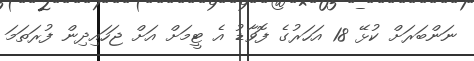
ނަންބަރަށް ކުޅޭ 18 އަހަރުގެ ފޮވާޑު އެ ޓީމަށް އަށް ޖަހައިދިން ފުރަތަމަ